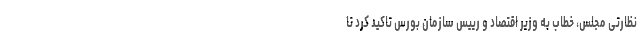
نظارتی مجلس، خطاب به وزیر اقتصاد و رییس سازمان بورس تاکید کرد تا